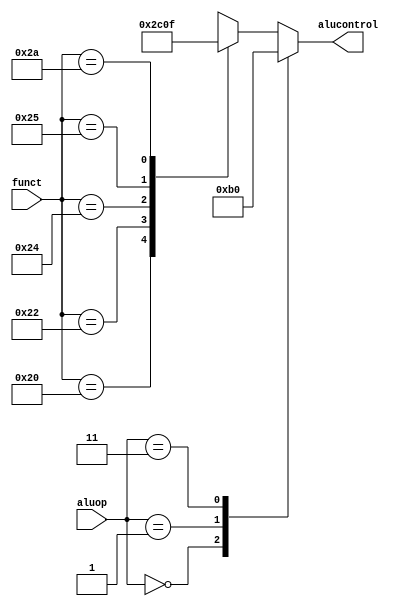
module aludec(input      [5:0] funct,
              input      [1:0] aluop,
              output reg [2:0] alucontrol);

  always @(*)
    case(aluop)
      2'b00: alucontrol = 3'b010;  // add
      2'b01: alucontrol = 3'b110;  // sub
	  2'b11: alucontrol = 3'b000; //AND
      default: case(funct)          // RTYPE
          6'b100000: alucontrol = 3'b010; // ADD
          6'b100010: alucontrol = 3'b110; // SUB
          6'b100100: alucontrol = 3'b000; // AND
          6'b100101: alucontrol = 3'b001; // OR
          6'b101010: alucontrol = 3'b111; // SLT
          default:   alucontrol = 3'bxxx; // ???
        endcase
    endcase
endmodule